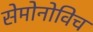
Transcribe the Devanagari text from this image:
सेमोनोविच